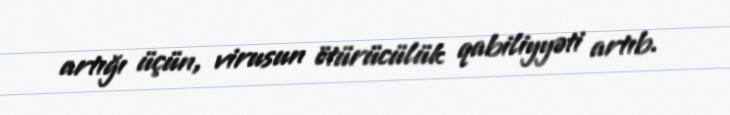
artığı üçün, virusun ötürücülük qabiliyyəti artıb.